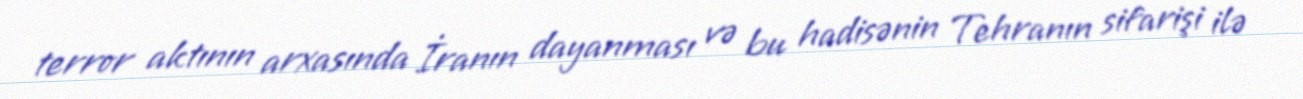
terror aktının arxasında İranın dayanması və bu hadisənin Tehranın sifarişi ilə